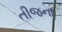
તીજના